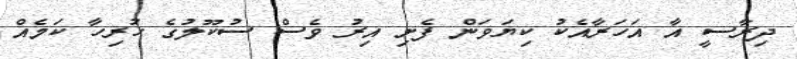
ދިރާސީ އާ އަހަރާއެކު ކިޔަވަން ފެށި އިރު ވެސް ސުކޫލުގެ ހުރިހާ ކަމެއް